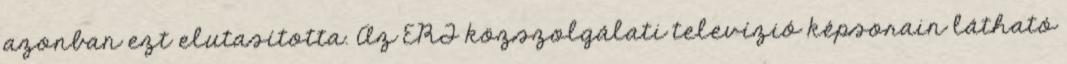
azonban ezt elutasította. Az ERT közszolgálati televízió képsorain látható